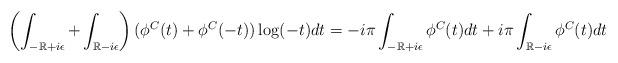
LaTeX: \begin{align*}\left ( \int_{-\mathbb{R}+i\epsilon} + \int_{\mathbb{R}-i\epsilon} \right ) ( \phi^C (t) + \phi^C ( - t ) ) \log(-t) dt = - i \pi \int_{-\mathbb{R}+i\epsilon} \phi^C ( t) dt + i\pi \int_{\mathbb{R}-i\epsilon} \phi^C ( t) dt \end{align*}